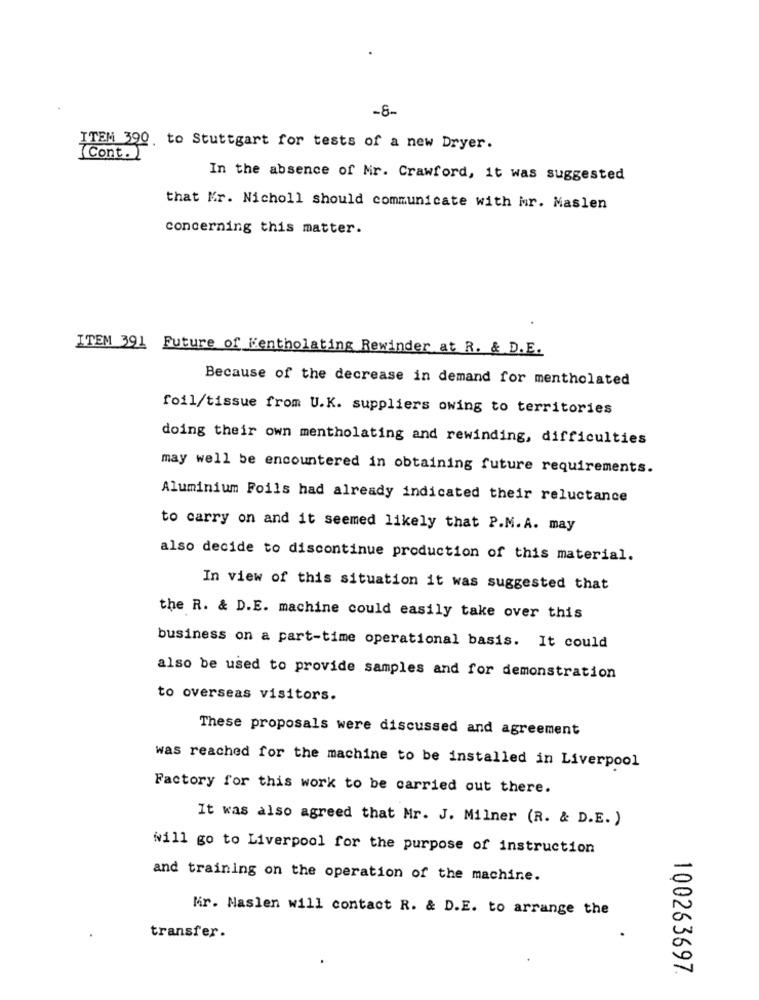
-8-
ITEM 390. to Stuttgart for tests of a new Dryer.
(Cont.)
In the absence of Mr. Crawford, it was suggested
that Mr. Nicholl should communicate with Mr. Maslen
concerning this matter.
ITEM 391 Future of Mentholating Rewinder at R. & D.E.
Because of the decrease in demand for mentholated
foil/tissue from U.K. suppliers owing to territories
doing their own mentholating and rewinding, difficulties
may well be encountered in obtaining future requirements.
Aluminium Foils had already indicated their reluctance
to carry on and it seemed likely that P.M.A. may
also decide to discontinue production of this material.
In view of this situation it was suggested that
the R. & D.E. machine could easily take over this
business on a part-time operational basis. It could
also be used to provide samples and for demonstration
to overseas visitors.
These proposals were discussed and agreement
was reached for the machine to be installed in Liverpool
Factory for this work to be carried out there.
It was also agreed that Mr. J. Milner (R. & D.E. )
will go to Liverpool for the purpose of instruction
and training on the operation of the machine.
Mir. Maslen will contact R. & D.E. to arrange the
transfer.
100263697